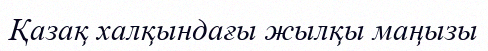
Қазақ халқындағы жылқы маңызы